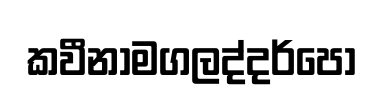
කවීනාමගලද්දර්පො